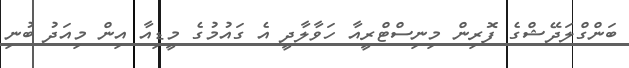
ބަންގްލަދޭޝްގެ ފޮރިން މިނިސްޓްރީއާ ހަވާލާދީ އެ ގައުމުގެ މީޑިއާ އިން މިއަދު ބުނި